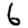
Digit: 6